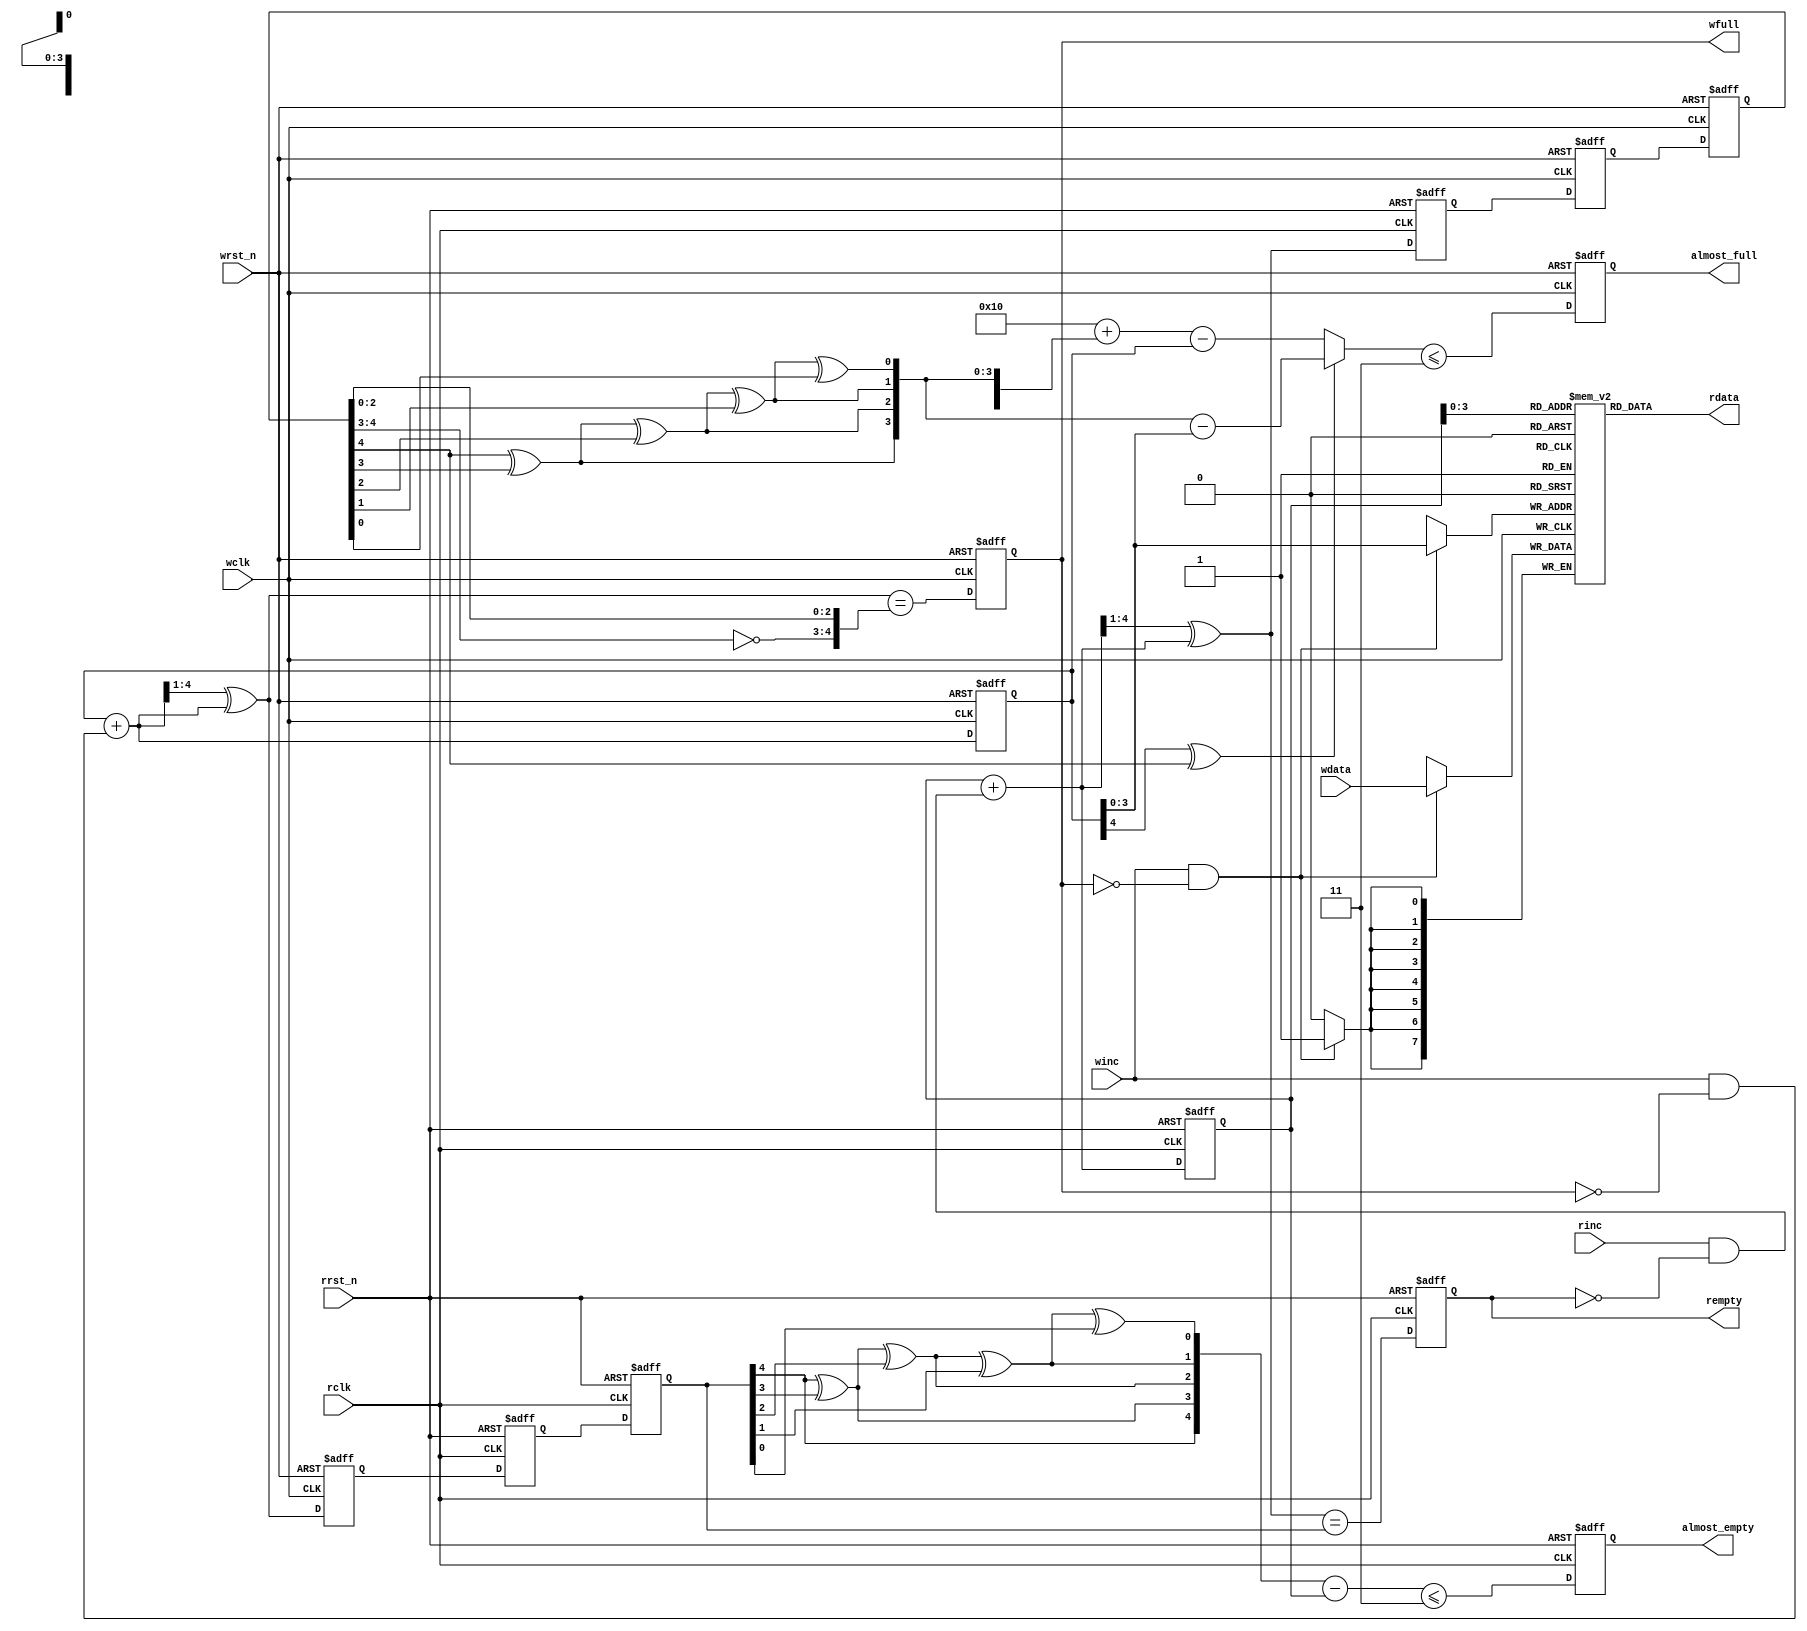
// https://www.cnblogs.com/lyc-seu/p/12439203.html
 module dual_clk_fifo
 #(parameter DATESIZE = 8,
   parameter ADDRSIZE = 4,
   parameter ALMOST_GAP = 3
)
(
input [DATESIZE-1:0] wdata,
input winc, wclk, wrst_n,
input rinc, rclk, rrst_n,
output wire [DATESIZE-1:0] rdata,
output reg wfull,
output reg rempty,
output reg almost_full,
output reg almost_empty
);
wire [ADDRSIZE-1:0] waddr, raddr;
reg  [ADDRSIZE:0] wptr, rptr;
wire rempty_val,wfull_val;
//--------------------------------
// RTL Verilog memory model
//--------------------------------
localparam DEPTH = 1<<ADDRSIZE;
reg [DATESIZE-1:0] mem [0:DEPTH-1];
assign rdata = mem[raddr];
always @(posedge wclk)
if (winc && !wfull) mem[waddr] <= wdata;

//--------------------------------
// read-domain to write-domain synchronizer
//--------------------------------
reg [ADDRSIZE:0] wq1_rptr,wq2_rptr;
always @(posedge wclk or negedge wrst_n)
if (!wrst_n) {wq2_rptr,wq1_rptr} <= 0;
else {wq2_rptr,wq1_rptr} <= {wq1_rptr,rptr};

//--------------------------------
// Write-domain to read-domain synchronizer
//--------------------------------
reg [ADDRSIZE:0] rq1_wptr,rq2_wptr;
always @(posedge rclk or negedge rrst_n)
if (!rrst_n) {rq2_wptr,rq1_wptr} <= 0;
else {rq2_wptr,rq1_wptr} <= {rq1_wptr,wptr};

//--------------------------------
//Read pointer & empty generation logic
//--------------------------------
reg [ADDRSIZE:0] rbin;
wire [ADDRSIZE:0] rgraynext, rbinnext;
// GRAYSTYLE2 pointer
always @(posedge rclk or negedge rrst_n)
if (!rrst_n) {rbin, rptr} <= 0;
else {rbin, rptr} <= {rbinnext, rgraynext};
// Memory read-address pointer (okay to use binary to address memory)
assign raddr = rbin[ADDRSIZE-1:0];
assign rbinnext = rbin + (rinc & ~rempty);
assign rgraynext = (rbinnext>>1) ^ rbinnext;
// FIFO empty when the next rptr == synchronized wptr or on reset
assign rempty_val = (rgraynext == rq2_wptr);

always @(posedge rclk or negedge rrst_n)
if (!rrst_n) rempty <= 1'b1;
else rempty <= rempty_val ;

//--------------------------------
// Write pointer & full generation logic
//--------------------------------
reg [ADDRSIZE:0] wbin;
wire [ADDRSIZE:0] wgraynext, wbinnext;
// GRAYSTYLE2 pointer
always @(posedge wclk or negedge wrst_n)
if (!wrst_n) {wbin, wptr} <= 0;
else {wbin, wptr} <= {wbinnext, wgraynext};
// Memory write-address pointer (okay to use binary to address memory)
assign waddr = wbin[ADDRSIZE-1:0];
assign wbinnext = wbin + (winc & ~ wfull);
assign wgraynext = (wbinnext>>1) ^ wbinnext;
//------------------------------------------------------------------
// Simplified version of the three necessary full-tests:
// assign wfull_val=((wgnext[ADDRSIZE] !=wq2_rptr[ADDRSIZE] ) &&
// (wgnext[ADDRSIZE-1] !=wq2_rptr[ADDRSIZE-1]) &&
// (wgnext[ADDRSIZE-2:0]==wq2_rptr[ADDRSIZE-2:0]));
//------------------------------------------------------------------
wire [ADDRSIZE:0] full_flag;
assign full_flag = {~wq2_rptr[ADDRSIZE:ADDRSIZE-1],wq2_rptr[ADDRSIZE-2:0]};
assign wfull_val = (wgraynext==full_flag);
always @(posedge wclk or negedge wrst_n)
if (!wrst_n) wfull <= 1'b0;
else wfull <= wfull_val;

//--------------------------------
// almost full and empty logic
//--------------------------------
//Gray encoded read and write address decode to bin.
wire [ADDRSIZE:0]rq2_wptr_bin,wq2_rptr_bin;
wire almost_empty_val,almost_full_val;
assign rq2_wptr_bin[ADDRSIZE] = rq2_wptr[ADDRSIZE]; 
assign wq2_rptr_bin[ADDRSIZE] = wq2_rptr[ADDRSIZE];
genvar i;
generate
    for(i=ADDRSIZE-1;i>=0;i=i-1) begin:wpgray2bin          
        assign rq2_wptr_bin[i] = rq2_wptr_bin[i+1]^rq2_wptr[i];
        assign wq2_rptr_bin[i] = wq2_rptr_bin[i+1]^wq2_rptr[i];
    end
endgenerate

//--------------------------------
// read almost empty
//--------------------------------
wire [ADDRSIZE:0] rgap_reg;
assign rgap_reg = rq2_wptr_bin - rbin;
assign almost_empty_val = (rgap_reg <= ALMOST_GAP);

always @(posedge rclk or negedge rrst_n)
if (!rrst_n) almost_empty <= 1'b1;
else almost_empty <= almost_empty_val;

//--------------------------------
//write almost full
//--------------------------------
wire [ADDRSIZE:0] wgap_reg;
assign wgap_reg = (wbin[ADDRSIZE] ^ wq2_rptr_bin[ADDRSIZE])? wq2_rptr_bin[ADDRSIZE-1:0] - wbin[ADDRSIZE-1:0]:DEPTH + wq2_rptr_bin - wbin;
assign almost_full_val = (wgap_reg <= ALMOST_GAP);

always @(posedge wclk or negedge wrst_n)
if (!wrst_n) almost_full <= 1'b0;
else almost_full <= almost_full_val;


endmodule